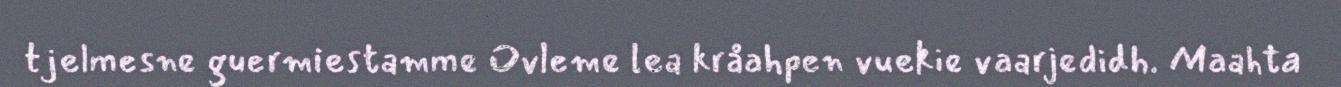
tjelmesne guermiestamme Ovleme lea kråahpen vuekie vaarjedidh. Maahta